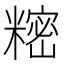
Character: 𬖵